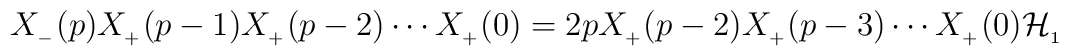
X_{_{-}}(p)X_{_{+}}(p-1)X_{_{+}}(p-2) \cdots X_{_{+}}(0)=2pX_{_{+}}(p-2)X_{_{+}}(p-3) \cdots X_{_{+}}(0){\cal H}_{_{1}}